Annual report of the Bengal Veterinary College and of the Civil Veterinary Department, Bengal, for the year 1911-1912 - 1911-1912
Year: 1911
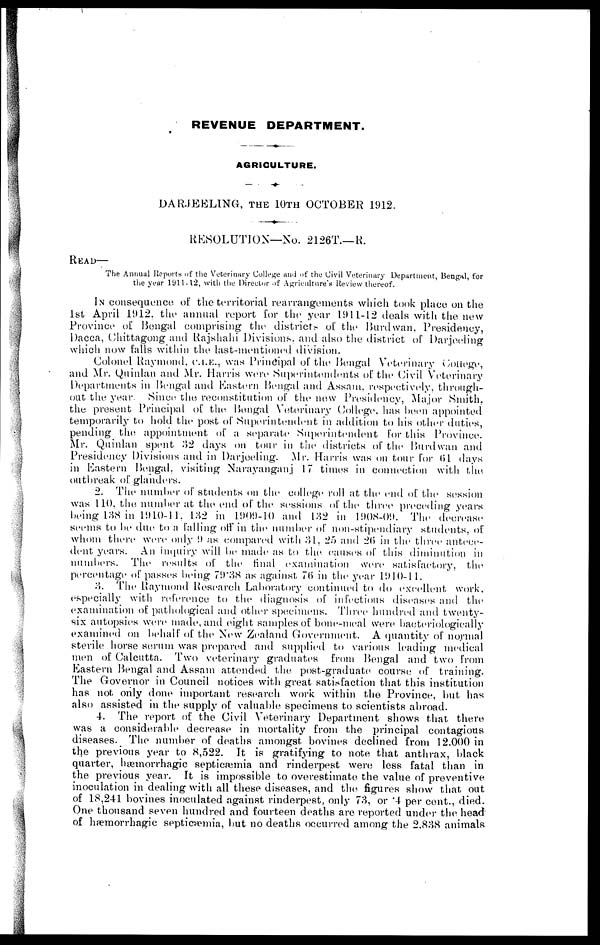
REVENUE DEPARTMENT.
AGRICULTURE.
DARJEELING, THE 10TH OCTOBER 1912.
RESOLUTION—No. 2126T.—R.
READ—
The Annual Reports of the Veterinary College and of the Civil Veterinary Department, Bengal, for
the year 1911-12, with the Director of Agriculture's Review thereof.
In consequence of the territorial rearrangements which took place on the
1st April 1912, the annual report for the year 1911-12 deals with the new
Province of Bengal comprising the districts of the Burdwan, Presidency,
Dacca, Chittagong and Rajshahi Divisions, and also the district of Darjeeling
which now falls within the last-mentioned division.
Colonel Raymond, C.I.E., was Principal of the Bengal Veterinary College,
and Mr. Quinlan and Mr. Harris were Superintendents of the Civil Veterinary
Departments in Bengal and Eastern Bengal and Assam, respectively, through-
out the year. Since the reconstitution of the new Presidency, Major Smith,
the present Principal of the Bengal Veterinary College, has been appointed
temporarily to hold the post of Superintendent in addition to his other duties,
pending the appointment of a separate Superintendent for this Province.
Mr. Quinlan spent 32 days on tour in the districts of the Burdwan and
Presidency Divisions and in Darjeeling. Mr. Harris was on tour for 61 days
in Eastern Bengal, visiting Narayanganj 17 times in connection with the
outbreak of glanders.
2. The number of students on the college roll at the end of the session
was 110, the number at the end of the sessions of the three preceding years
being 138 in 1910-11, 132 in 1909-10 and 132 in 1908-09. The decrease
seems to be due to a falling off in the number of non-stipendiary students, of
whom there were only 9 as compared with 81, 25 and 2(5 in the throe antece-
dent years. An inquiry will be made as to the causes of this diminution in
numbers. The results of the final examination were satisfactory, the
percentage of passes being 79.88 as against 76 in the year 1910-11.
8. The Raymond Research Laboratory continued to do excellent work,
especially with reference to the diagnosis of infectious diseases and the
examination of pathological and other specimens. Three hundred and twenty-
six autopsies were made, and eight samples of bone-meal were bacteriologically
examined on behalf of the New Zealand Government. A quantity of normal
sterile horse serum was prepared and supplied to various leading medical
men of Calcutta. Two veterinary graduates from Bengal and two from
Eastern Bengal and Assam attended the post-graduate course of training.
The Governor in Council notices with great satisfaction that this institution
has not only done important research work within the Province, but has
also assisted in the supply of valuable specimens to scientists abroad.
4. The report of the Civil Veterinary Department shows that there
was a considerable decrease in mortality from the principal contagious
diseases. The number of deaths amongst bovines declined from 12.000 in
the previous year to 8,522. It is gratifying to note that anthrax, black
quarter, hæmorrhagic septicæmia and rinderpest were less fatal than in
the previous year. It is impossible to overestimate the value of preventive
inoculation in dealing with all these diseases, and the figures show that out
of 18,241 bovines inoculated against rinderpest, only 78, or 4 per cent., died.
One thousand seven hundred and fourteen deaths are reported under the head
of hæmorrhagic septicæmia, but no deaths occurred among the 2.888 animals